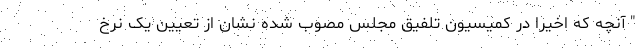
" آنچه که اخیرا در کمیسیون تلفیق مجلس مصوب شده نشان از تعیین یک نرخ